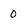
Character: 0